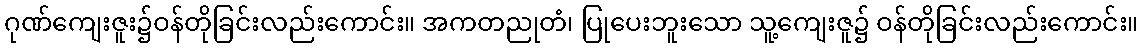
ဂုဏ်ကျေးဇူး၌ဝန်တိုခြင်းလည်းကောင်း။ အကတညုတံ၊ ပြုပေးဘူးသော သူ့ကျေးဇူ၌ ဝန်တိုခြင်းလည်းကောင်း။